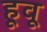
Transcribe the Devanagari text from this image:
हूवू